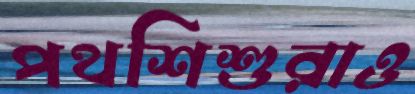
পথশিশুরাও